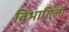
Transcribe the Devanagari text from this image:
विभागिली